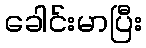
ခေါင်းမာပြီး